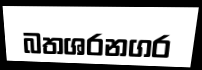
බතශරනගර